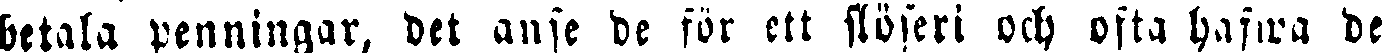
betala penningar, det anse de för ett slöseri och ofta hafwa de